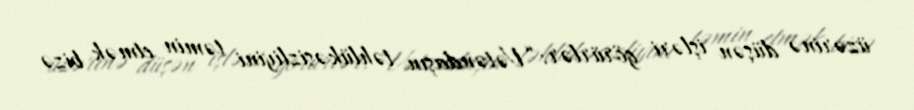
üzərinə düşən işləri görürlər: “Vətəndaşın təhlükəsizliyini təmin etmək bizə